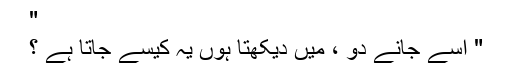
"
" اِسے جانے دو ، میں دیکھتا ہوں یہ کیسے جاتا ہے ؟